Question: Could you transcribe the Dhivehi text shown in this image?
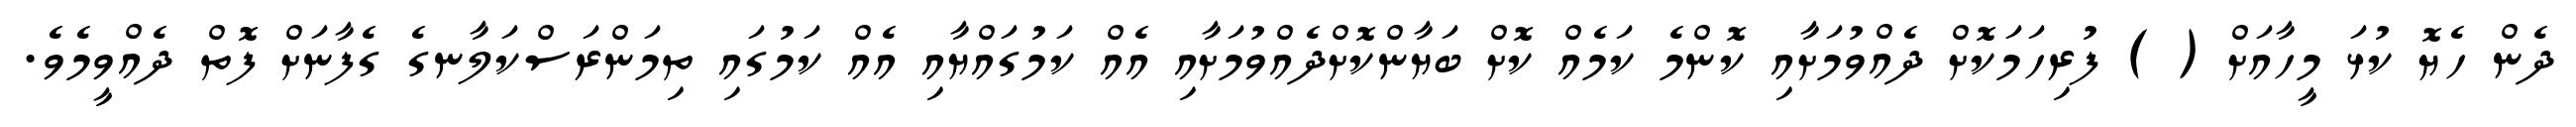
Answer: ދެން ހެޔޮ ކުޅަ މީހާއަށް ( ) ފުރިހަމަކޮށް ދެއްވުމަށާއި ކޮންމެ ކަމެއް ކޮށް ބަޔާންކޮށްދެއްވުމަށާއި އެއް ކަމުގައްޔާއި އެއް ކަމުގައި ތިމަންރަސްކަލާނގެ ގެފާނަށް ފޮތް ދެއްވީމެވެ.